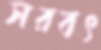
সরবৎ